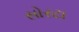
સોરટા